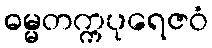
ဓမ္မတက္ကပုရေဇဝံ